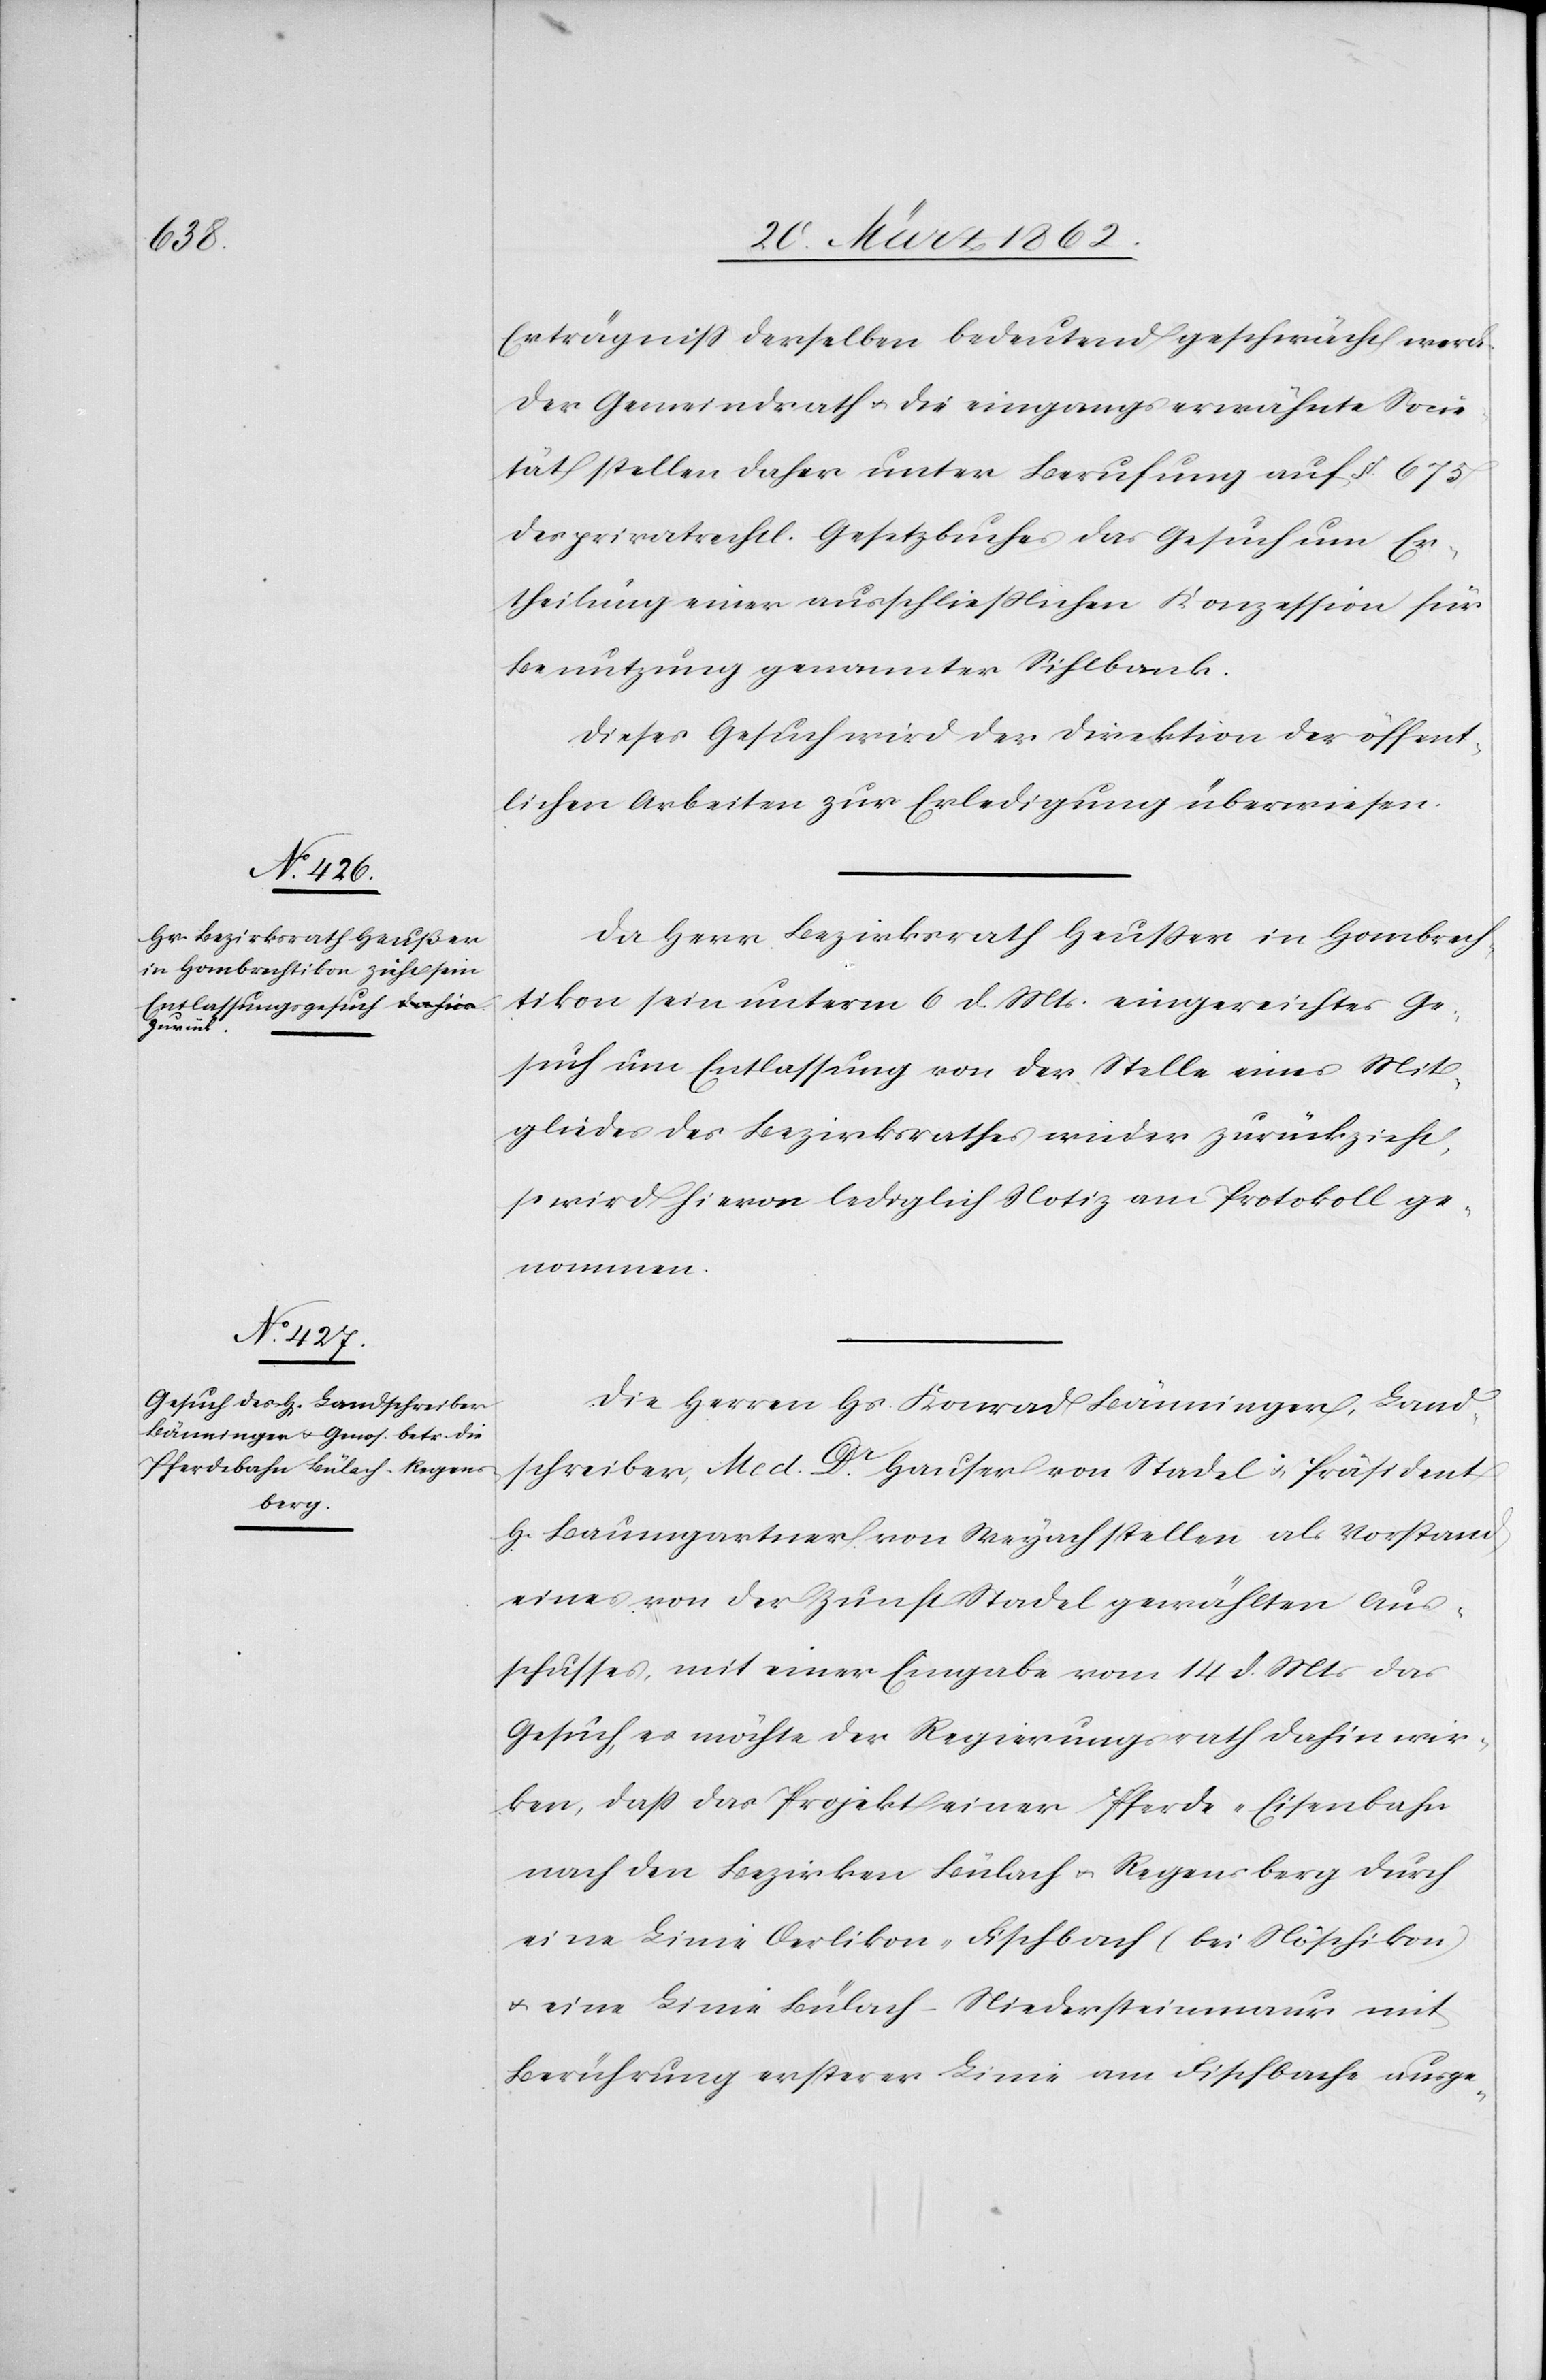
Erträgniß derselben bedeutend geschwächt werde.
Der Gemeindrath u. die eingangs erwähnte Socie¬
tät stellen daher unter Berufung auf § 675
des privatrechtl. Gesetzbuches das Gesuch um Er¬
theilung einer ausschließlichen Konzession für
Benutzung genannter Sihlbank.
Dieses Gesuch wird der Direktion der öffent¬
lichen Arbeiten zur Erledigung überwiesen.
Da Herr Bezirksrath Heußer in Hombrech¬
tikon sein unterm 6 d. Mts. eingereichtes Ge¬
such um Entlassung von der Stelle eines Mit¬
gliedes des Bezirksrathes wieder zurückzieht,
so wird hievon lediglich Notiz am Protokoll ge¬
nommen.
Die Herren Hs. Konrad Bänninger, Land¬
schreiber, Med. Dr. Hauser von Stadel u. Präsident
H. Baumgartner von Weyach stellen als Vorstand
eines von der Zunft Stadel gewählten Aus¬
schusses, mit einer Eingabe vom 14 d. Mts das
Gesuch, es möchte der Regierungsrath dahin wir¬
ken, daß das Projekt einer Pferde-Eisenbahn
nach den Bezirken Bülach u. Regensberg durch
eine Linie Oerlikon-Fischbach (bei Nöschikon)
u. eine Linie Bülach – Niedersteinmaur mit
Berührung ersterer Linie um Fischbache ausge-